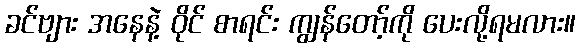
ခင်ဗျား အနေနဲ့ ဝိုင် စာရင်း ကျွန်တော့်ကို ပေးလို့ရမလား။